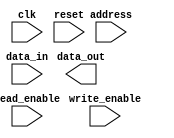
module memory_controller (
    input wire clk,
    input wire reset,
    input wire read_enable,
    input wire write_enable,
    input wire [31:0] address,
    input wire [31:0] data_in,
    output wire [31:0] data_out
);

// State machine for memory controller operation
reg [2:0] state;
parameter IDLE = 3'b000;
parameter READ = 3'b001;
parameter WRITE = 3'b010;

always @ (posedge clk or posedge reset) begin
    if (reset) begin
        state <= IDLE;
    end else begin
        case (state)
            IDLE: begin
                if (read_enable) begin
                    state <= READ;
                end else if (write_enable) begin
                    state <= WRITE;
                end
            end
            READ: begin
                // Memory read operation
                // Add code here for reading data from memory
                state <= IDLE;
            end
            WRITE: begin
                // Memory write operation
                // Add code here for writing data to memory
                state <= IDLE;
            end
        endcase
    end
end

endmodule